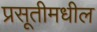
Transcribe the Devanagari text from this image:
प्रसूतीमधील